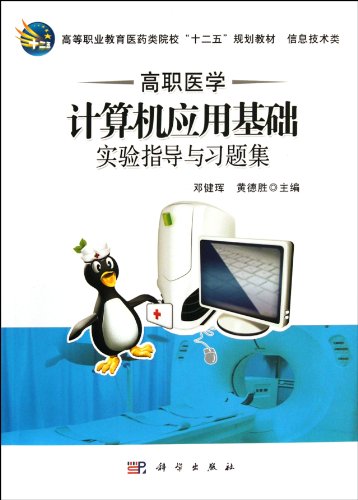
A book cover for Experiment guidance and exercises for higher vocational medical computer application (Twelfth Five-Year planning information technology textbook in ... in Medical Universities ) (Chinese Edition); deng jian hui  huang de sheng; Medical Books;